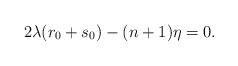
LaTeX: \begin{align*}2\lambda(r_0+s_0)-(n+1)\eta=0.\end{align*}